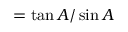
= { \tan A / \sin A }